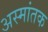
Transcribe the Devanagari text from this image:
अस्मांतक